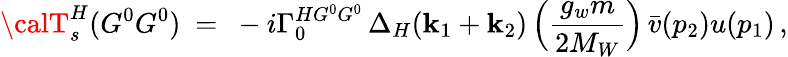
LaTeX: {\calT}_{s}^{H}(G^{0}G^{0})\ =\ -i\Gamma_{0}^{HG^{0}G^{0}}\, \Delta_{H}(\mathbf{k}_{1}+\mathbf{k}_{2})\, \Big(\frac{{g_{w}m}}{{2M_{W}}}\Big)\, \bar{{v}}(p_{2})u(p_{1})\, ,